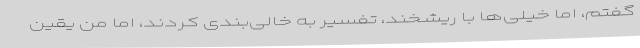
گفتم، اما خیلی‌ها با ریشخند، تفسیر به خالی‌بندی کردند، اما من یقین